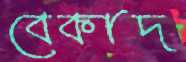
বেকাদ